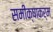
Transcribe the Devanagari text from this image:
समीक्षाकर्म